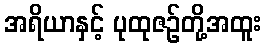
အရိယာနှင့် ပုထုဇဉ်တို့အထူး